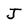
Character: J